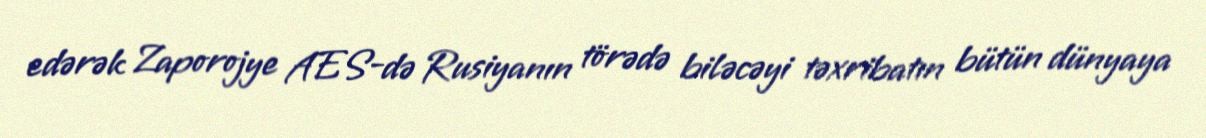
edərək Zaporojye AES-də Rusiyanın törədə biləcəyi təxribatın bütün dünyaya